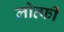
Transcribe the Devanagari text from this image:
लोत्फी